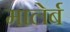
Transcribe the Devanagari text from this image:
मालेर्ब